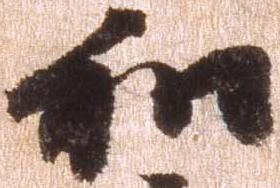
和